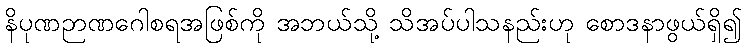
နိပုဏဉာဏဂေါစရအဖြစ်ကို အဘယ်သို့ သိအပ်ပါသနည်းဟု စောဒနာဖွယ်ရှိ၍